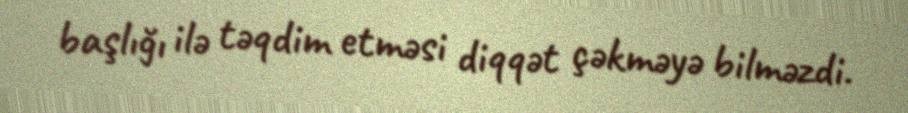
başlığı ilə təqdim etməsi diqqət çəkməyə bilməzdi.